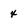
Character: 4